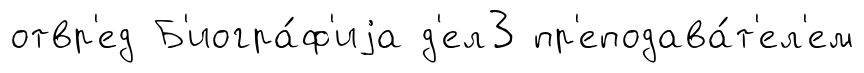
отвр'ед Б'иогра́ф'иjа д'ел3 пр'еподава́т'ел'ем